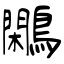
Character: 鷴